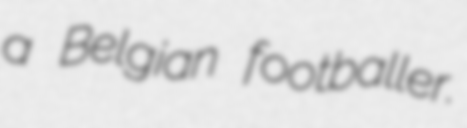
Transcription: a Belgian footballer.